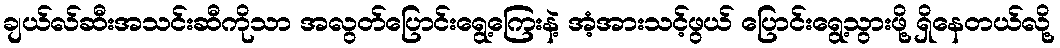
ချယ်လ်ဆီးအသင်းဆီကိုသာ အလွတ်ပြောင်းရွေ့ကြေးနဲ့ အံ့အားသင့်ဖွယ် ပြောင်းရွေ့သွားဖို့ ရှိနေတယ်လို့